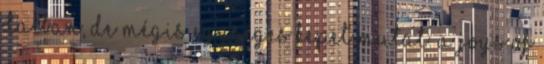
dalban, de mégis egységes képet mutat. A Joys of